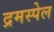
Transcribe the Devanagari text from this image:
द्रमस्पेल